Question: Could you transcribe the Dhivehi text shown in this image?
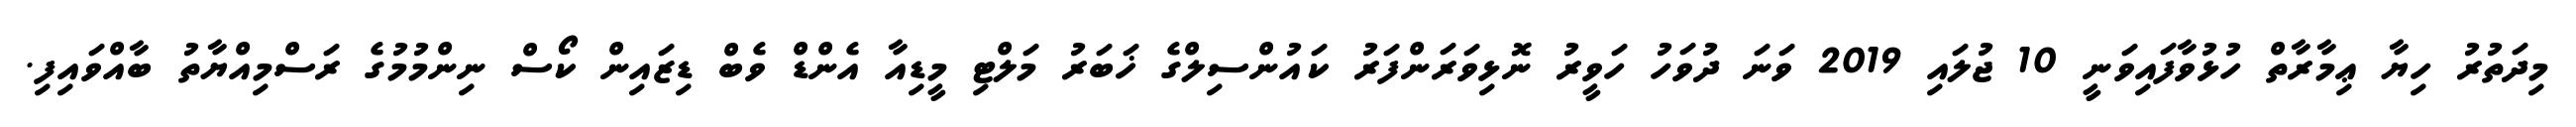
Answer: މިދަތުރު ހިޔާ ޢިމާރާތް ހުޅުވާފައިވަނީ 10 ޖުލައި 2019 ވަނަ ދުވަހު ހަވީރު ނޮޅިވަރަންފަރު ކައުންސިލްގެ ޚަބަރު މަލްޓި މީޑިއާ އެންޑް ވެބް ޑިޒައިން ކޯސް ނިންމުމުގެ ރަސްމިއްޔާތު ބާއްވައިފި.